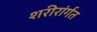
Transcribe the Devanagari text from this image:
शरीरांर्गत